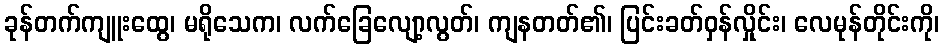
ခုန်တက်ကျူးထွေ၊ မရိုသေက၊ လက်ခြေလျော့လွတ်၊ ကျနတတ်၏၊ ပြင်းခတ်ဝှန်လှိုင်း၊ လေမုန်တိုင်းကို၊